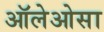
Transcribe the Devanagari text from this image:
ऑलेओसा